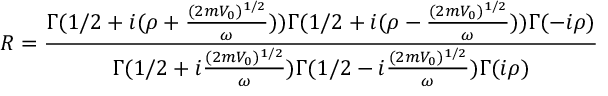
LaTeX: R = \frac { \Gamma ( 1 / 2 + i ( \rho + \frac { ( 2 m V _ { 0 } ) ^ { 1 / 2 } } { \omega } ) ) \Gamma ( 1 / 2 + i ( \rho - \frac { ( 2 m V _ { 0 } ) ^ { 1 / 2 } } { \omega } ) ) \Gamma ( - i \rho ) } { \Gamma ( 1 / 2 + i \frac { ( 2 m V _ { 0 } ) ^ { 1 / 2 } } { \omega } ) \Gamma ( 1 / 2 - i \frac { ( 2 m V _ { 0 } ) ^ { 1 / 2 } } { \omega } ) \Gamma ( i \rho ) }